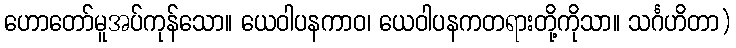
ဟောတော်မူအပ်ကုန်သော။ ယေဝါပနကာဝ၊ ယေဝါပနကတရားတို့ကိုသာ။ သင်္ဂဟိတာ)